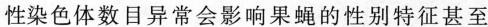
性染色体数目异常会影响果蝇的性别特征甚至